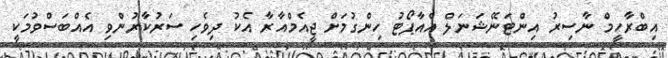
އިބްރާހީމް ނާސިރު އިންޓަނޭޝަނަލް އެއާޕޯޓު ހިންގުމަށް ޖީއެމްއާރާ އެކު ދިވެހި ސަރުކާރުންވި އެއްބަސްވުމަކީ